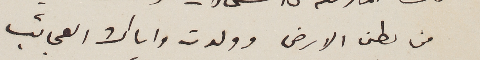
من بطن الارض وولدت واياك العجائب